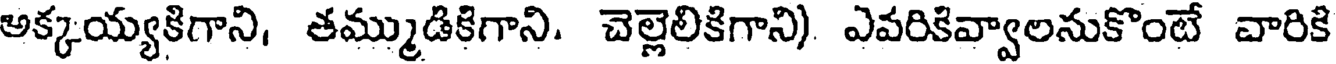
అక్కయ్యకిగాని, తమ్ముడికిగాని. చెల్లెలికిగాని) ఎవరికివ్వాలనుకొంటే వారికి